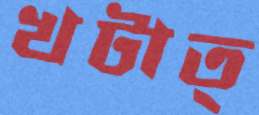
খটাত্